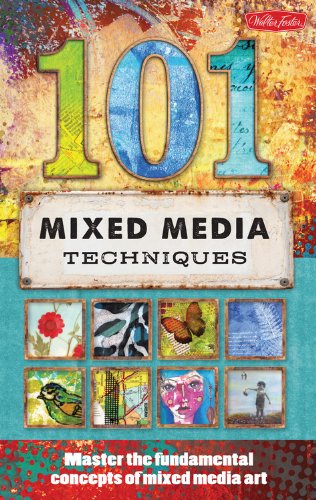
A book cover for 101 Mixed Media Techniques: Master the fundamental concepts of mixed media art; Cherril Doty; Arts & Photography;